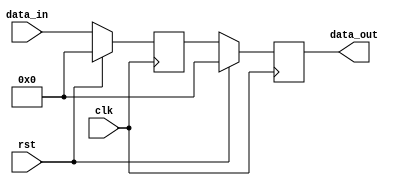
module BufferDelay (
    input wire clk,
    input wire rst,
    input wire [31:0] data_in,
    output reg [31:0] data_out
);

reg [31:0] buffer;
reg [31:0] delay_amount = 100; // specify the delay amount here

always @ (posedge clk) begin
    if (rst) begin
        buffer <= 0;
    end else begin
        buffer <= data_in;
    end
end

always @ (posedge clk) begin
    if (rst) begin
        data_out <= 0;
    end else begin
        if (delay_amount > 0) begin
            delay_amount <= delay_amount - 1;
            data_out <= buffer;
        end else begin
            data_out <= buffer;
        end
    end
end

endmodule